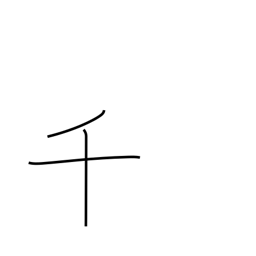
Meaning: thousand